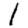
Digit: 1